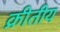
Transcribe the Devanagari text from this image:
क्रीतीय